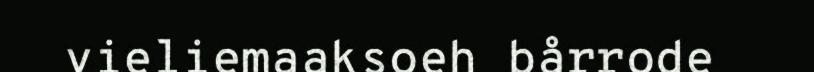
vieliemaaksoeh bårrode